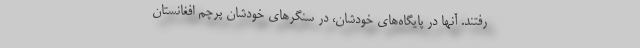
رفتند. آنها در پایگاه‌های خودشان، در سنگرهای خودشان پرچم افغانستان